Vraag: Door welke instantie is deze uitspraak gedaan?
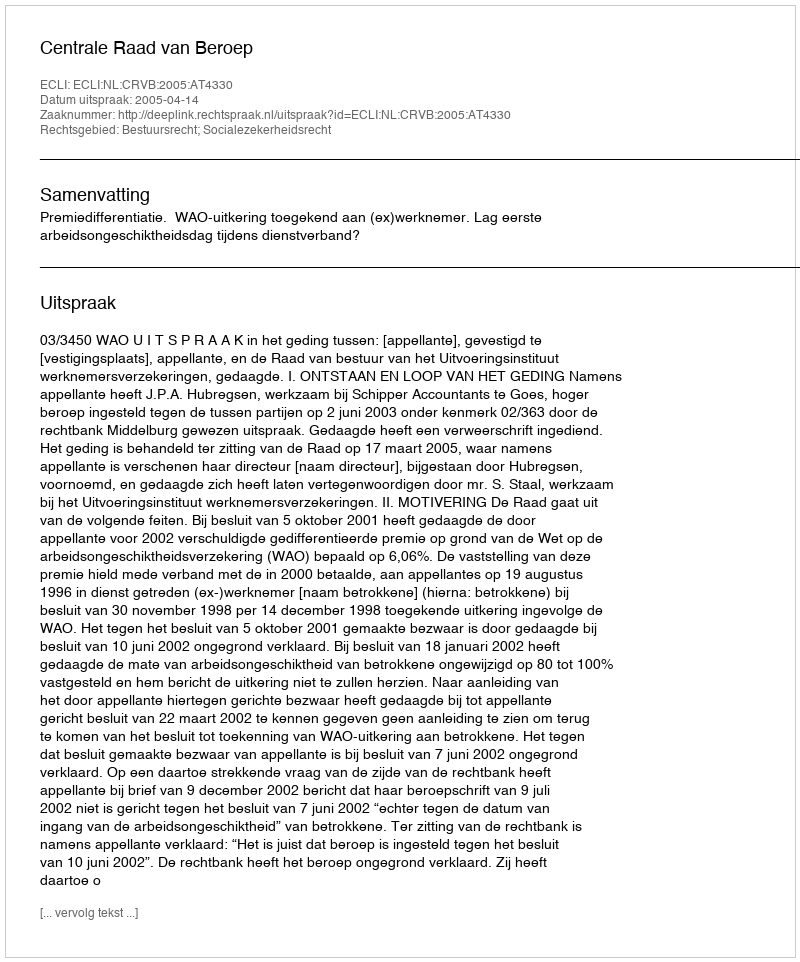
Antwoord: Centrale Raad van Beroep